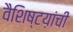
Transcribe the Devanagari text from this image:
वैशिष्टय़ांची